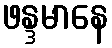
ဖန္ဒမာနေ